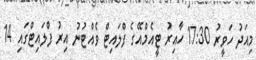
މިއަދު ހަވީރު 17:30 ހާއިރު ޓީއެމްއޭގެ ފްލައިޓް ވެއްޓުނު އިރު ފްލައިޓްގައި 14